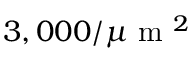
3 , 0 0 0 / \mu \mathrm { ~ m ~ } ^ { 2 }